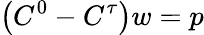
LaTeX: \left(C^{0}-C^{\tau}\right)w=p